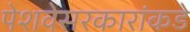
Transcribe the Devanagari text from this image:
पेशवेसरकारांकडे